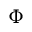
\Phi